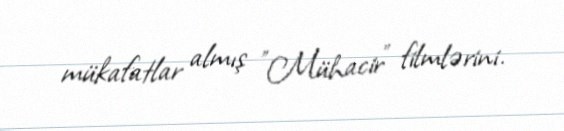
mükafatlar almış "Mühacir" filmlərini.